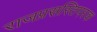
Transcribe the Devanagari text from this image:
राजप्रसस्तिपरक